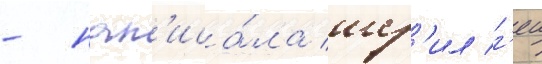
- нап'иса́ла шер'ил г'еи